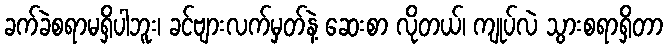
ခက်ခဲစရာမရှိပါဘူး၊ ခင်ဗျားလက်မှတ်နဲ့ ဆေးစာ လိုတယ်၊ ကျုပ်လဲ သွားစရာရှိတာ